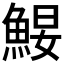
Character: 𩷑